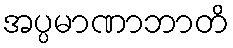
အပ္ပမာဏာဘာတိ